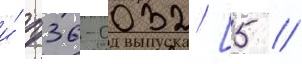
и́ п36-0032 [5 //